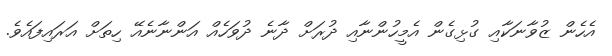
އެހެން ޒުވާނަކާއި ގުޅިގެން އެމީހުންނާއި ދުރަށް ދާނެ ދުވަހެއް އަންނާނެއޭ ހިތަށް އަރައިފައެވެ.